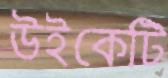
উইকেটি